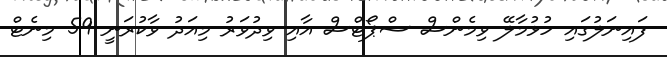
ފައިނަލުގައި ހުޅުމާލޭ ވިމެންސް ސްޕޯޓްސް އާއި ވިދުވަރު މިއަދު ވާކުރަނީ 59 މިނެޓް